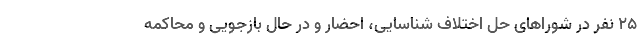
٢۵ نفر در شوراهای حل اختلاف شناسایی، احضار و در حال بازجویی و محاکمه